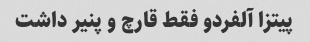
پیتزا آلفردو فقط قارچ و پنیر داشت